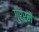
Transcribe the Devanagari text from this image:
गुर्रने